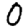
Digit: 0